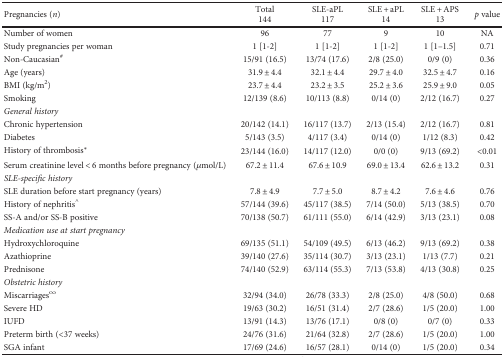
<table><thead><tr><td><b>Pregnancies (<i>n</i>)</b></td><td><b>Total144</b></td><td><b>SLE-aPL117</b></td><td><b>SLE + aPL14</b></td><td><b>SLE + APS13</b></td><td><b><i>p</i> value</b></td></tr></thead><tbody><tr><td>Number of women</td><td>96</td><td>77</td><td>9</td><td>10</td><td>NA</td></tr><tr><td>Study pregnancies per woman</td><td>1 [1-2]</td><td>1 [1-2]</td><td>1 [1-2]</td><td>1 [1–1.5]</td><td>0.71</td></tr><tr><td>Non-Caucasian<sup>#</sup></td><td>15/91 (16.5)</td><td>13/74 (17.6)</td><td>2/8 (25.0)</td><td>0/9 (0)</td><td>0.36</td></tr><tr><td>Age (years)</td><td>31.9 ± 4.4</td><td>32.1 ± 4.4</td><td>29.7 ± 4.0</td><td>32.5 ± 4.7</td><td>0.16</td></tr><tr><td>BMI (kg/m<sup>2</sup>)</td><td>23.7 ± 4.4</td><td>23.2 ± 3.5</td><td>25.2 ± 3.6</td><td>25.9 ± 9.0</td><td>0.05</td></tr><tr><td>Smoking</td><td>12/139 (8.6)</td><td>10/113 (8.8)</td><td>0/14 (0)</td><td>2/12 (16.7)</td><td>0.27</td></tr><tr><td><i>General history</i></td><td></td><td></td><td></td><td></td><td></td></tr><tr><td>Chronic hypertension</td><td>20/142 (14.1)</td><td>16/117 (13.7)</td><td>2/13 (15.4)</td><td>2/12 (16.7)</td><td>0.81</td></tr><tr><td>Diabetes</td><td>5/143 (3.5)</td><td>4/117 (3.4)</td><td>0/14 (0)</td><td>1/12 (8.3)</td><td>0.42</td></tr><tr><td>History of thrombosis<sup>∗</sup></td><td>23/144 (16.0)</td><td>14/117 (12.0)</td><td>0/0 (0)</td><td>9/13 (69.2)</td><td>&lt;0.01</td></tr><tr><td>Serum creatinine level &lt; 6 months before pregnancy (<i>μ</i>mol/L)</td><td>67.2 ± 11.4</td><td>67.6 ± 10.9</td><td>69.0 ± 13.4</td><td>62.6 ± 13.2</td><td>0.31</td></tr><tr><td><i>SLE-specific history</i></td><td></td><td></td><td></td><td></td><td></td></tr><tr><td>SLE duration before start pregnancy (years)</td><td>7.8 ± 4.9</td><td>7.7 ± 5.0</td><td>8.7 ± 4.2</td><td>7.6 ± 4.6</td><td>0.76</td></tr><tr><td>History of nephritis<sup>^</sup></td><td>57/144 (39.6)</td><td>45/117 (38.5)</td><td>7/14 (50.0)</td><td>5/13 (38.5)</td><td>0.70</td></tr><tr><td>SS-A and/or SS-B positive</td><td>70/138 (50.7)</td><td>61/111 (55.0)</td><td>6/14 (42.9)</td><td>3/13 (23.1)</td><td>0.08</td></tr><tr><td colspan="2"><i>Medication use at start pregnancy</i></td><td></td><td></td><td></td><td></td></tr><tr><td>Hydroxychloroquine</td><td>69/135 (51.1)</td><td>54/109 (49.5)</td><td>6/13 (46.2)</td><td>9/13 (69.2)</td><td>0.38</td></tr><tr><td>Azathioprine</td><td>39/140 (27.6)</td><td>35/114 (30.7)</td><td>3/13 (23.1)</td><td>1/13 (7.7)</td><td>0.21</td></tr><tr><td>Prednisone</td><td>74/140 (52.9)</td><td>63/114 (55.3)</td><td>7/13 (53.8)</td><td>4/13 (30.8)</td><td>0.25</td></tr><tr><td><i>Obstetric history</i></td><td></td><td></td><td></td><td></td><td></td></tr><tr><td>Miscarriages<sup>∞</sup></td><td>32/94 (34.0)</td><td>26/78 (33.3)</td><td>2/8 (25.0)</td><td>4/8 (50.0)</td><td>0.68</td></tr><tr><td>Severe HD</td><td>19/63 (30.2)</td><td>16/51 (31.4)</td><td>2/7 (28.6)</td><td>1/5 (20.0)</td><td>1.00</td></tr><tr><td>IUFD</td><td>13/91 (14.3)</td><td>13/76 (17.1)</td><td>0/8 (0)</td><td>0/7 (0)</td><td>0.33</td></tr><tr><td>Preterm birth (&lt;37 weeks)</td><td>24/76 (31.6)</td><td>21/64 (32.8)</td><td>2/7 (28.6)</td><td>1/5 (20.0)</td><td>1.00</td></tr><tr><td>SGA infant</td><td>17/69 (24.6)</td><td>16/57 (28.1)</td><td>0/14 (0)</td><td>1/5 (20.0)</td><td>0.34</td></tr></tbody></table>